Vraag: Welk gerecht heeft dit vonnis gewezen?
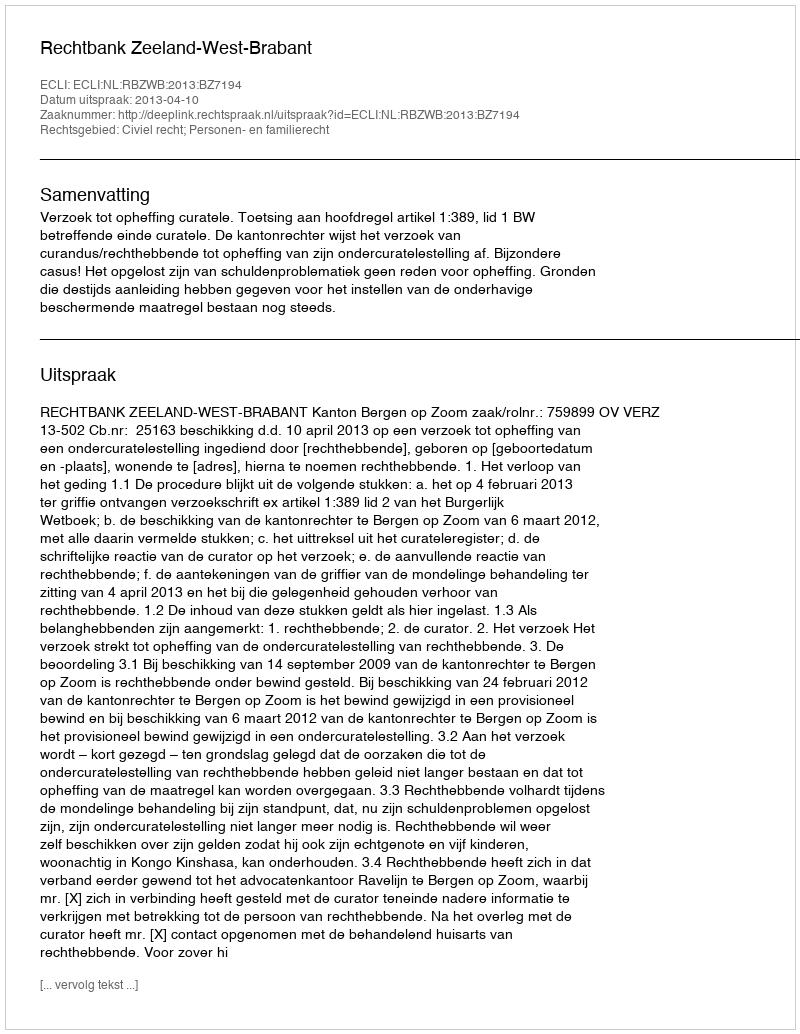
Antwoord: Rechtbank Zeeland-West-Brabant